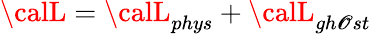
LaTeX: {\calL}={\calL}_{phys}+{\calL}_{gh\mathscr{O}st}